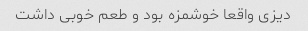
دیزی‌ واقعا خوشمزه بود و طعم خوبی داشت